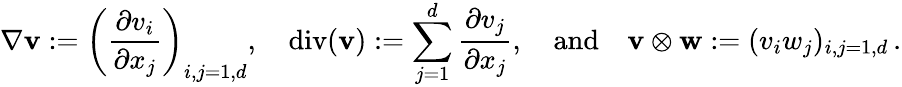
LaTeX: \nabla{\mathbf{v}}:=\left(\frac{\partial v_{i}}{\partial x_{j}}\right)_{i,j=1,d},\quad\mathrm{div}({\mathbf{v}}):=\sum_{j=1}^{d}\frac{\partial v_{j}}{\partial x_{j}},{\quad\mathrm{and}\quad}{\mathbf{v}}\otimes{\mathbf{w}}:=(v_{i}w_{j})_{i,j=1,d}\, .